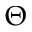
\boldsymbol { \Theta }